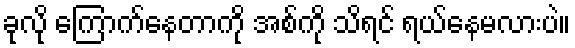
ခုလို ကြောက်နေတာကို အစ်ကို သိရင် ရယ်နေမလားပဲ။